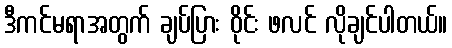
ဒီကင်မရာအတွက် ချပ်ပြား ဝိုင်း ဖလင် လိုချင်ပါတယ်။